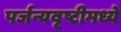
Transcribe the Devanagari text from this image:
पर्जन्यवृष्टीमध्ये